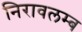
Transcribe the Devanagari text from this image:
निरावलम्ब